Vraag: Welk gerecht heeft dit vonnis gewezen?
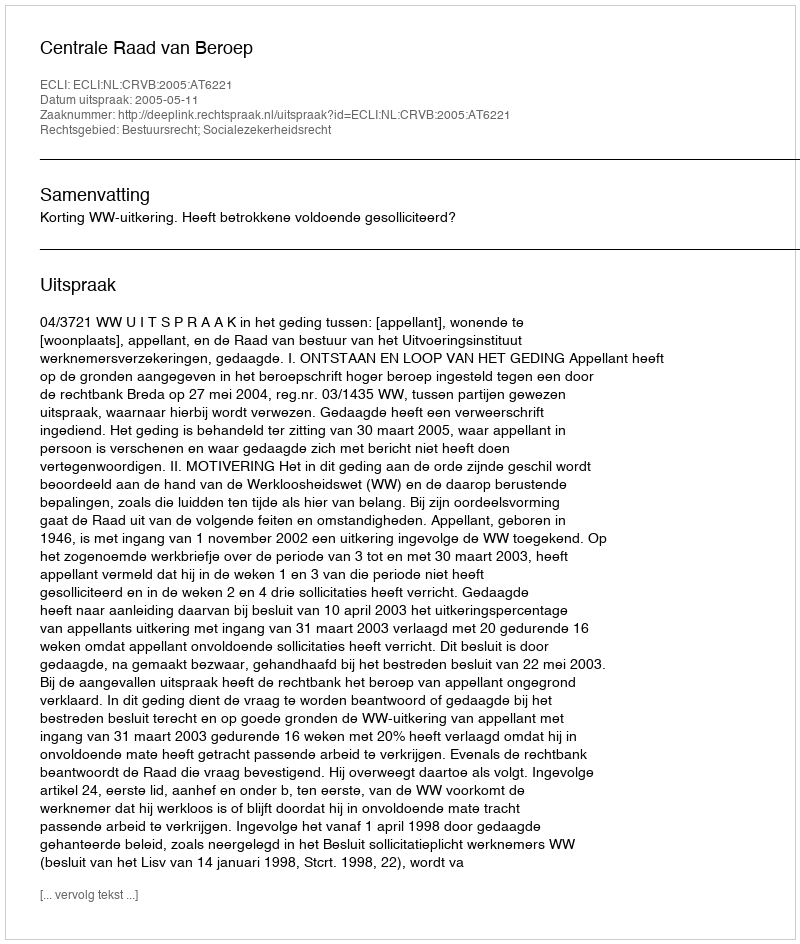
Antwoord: Centrale Raad van Beroep